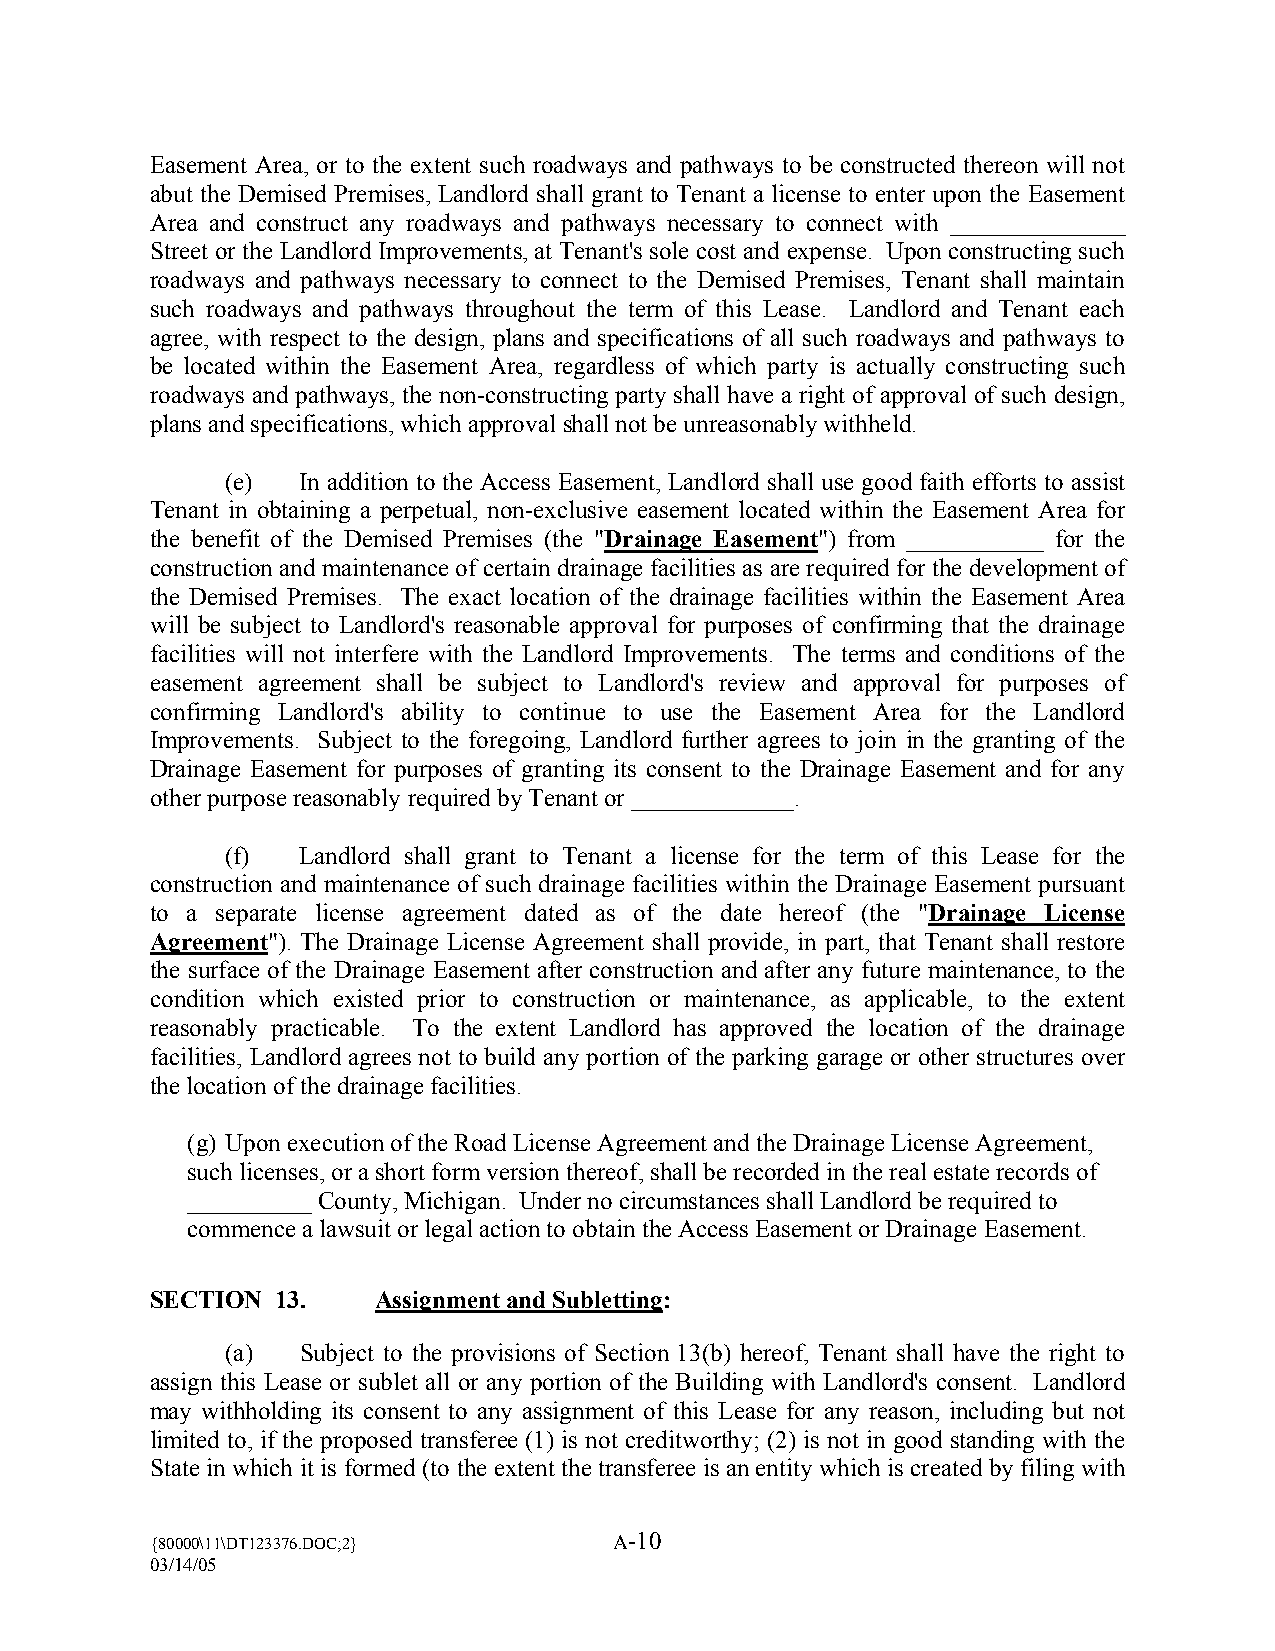
Easement Area, or to the extent such roadways and pathways to be constructed thereon will not
 abut the Demised Premises, Landlord shall grant to Tenant a license to enter upon the Easement
 Area and construct any roadways and pathways necessary to connect with ______________
 Street or the Landlord Improvements, at Tenant’s sole cost and expense. Upon constructing such
 roadways and pathways necessary to connect to the Demised Premises, Tenant shall maintain
 such roadways and pathways throughout the term of this Lease. Landlord and Tenant each
 agree, with respect to the design, plans and specifications of all such roadways and pathways to
 be located within the Easement Area, regardless of which party is actually constructing such
 roadways and pathways, the non-constructing party shall have a right of approval of such design,
 plans and specifications, which approval shall not be unreasonably withheld.
 (e)  In addition to the Access Easement, Landlord shall use good faith efforts to assist
 Tenant in obtaining a perpetual, non-exclusive easement located within the Easement Area for
 the benefit of the Demised Premises (the "Drainage Easement") from ___________ for the
 construction and maintenance of certain drainage facilities as are required for the development of
 the Demised Premises. The exact location of the drainage facilities within the Easement Area
 will be subject to Landlord’s reasonable approval for purposes of confirming that the drainage
 facilities will not interfere with the Landlord Improvements. The terms and conditions of the
 easement agreement shall be subject to Landlord’s review and approval for purposes of
 confirming Landlord’s ability to continue to use the Easement Area for the Landlord
 Improvements. Subject to the foregoing, Landlord further agrees to join in the granting of the
 Drainage Easement for purposes of granting its consent to the Drainage Easement and for any
 other purpose reasonably required by Tenant or _____________.
 (f)  Landlord shall grant to Tenant a license for the term of this Lease for the
 construction and maintenance of such drainage facilities within the Drainage Easement pursuant
 to a separate license agreement dated as of the date hereof (the "Drainage License
 Agreement"). The Drainage License Agreement shall provide, in part, that Tenant shall restore
 the surface of the Drainage Easement after construction and after any future maintenance, to the
 condition which existed prior to construction or maintenance, as applicable, to the extent
 reasonably practicable. To the extent Landlord has approved the location of the drainage
 facilities, Landlord agrees not to build any portion of the parking garage or other structures over
 the location of the drainage facilities.
 (g) Upon execution of the Road License Agreement and the Drainage License Agreement,
 such licenses, or a short form version thereof, shall be recorded in the real estate records of
 __________ County, Michigan. Under no circumstances shall Landlord be required to
 commence a lawsuit or legal action to obtain the Access Easement or Drainage Easement.
 SECTION 13.    Assignment and Subletting:
 (a)  Subject to the provisions of Section 13(b) hereof, Tenant shall have the right to
 assign this Lease or sublet all or any portion of the Building with Landlord’s consent. Landlord
 may withholding its consent to any assignment of this Lease for any reason, including but not
 limited to, if the proposed transferee (1) is not creditworthy; (2) is not in good standing with the
 State in which it is formed (to the extent the transferee is an entity which is created by filing with
 {80000\11\DT123376.DOC;2}
 A-10
 03/14/05